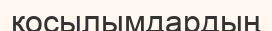
қосылымдардың